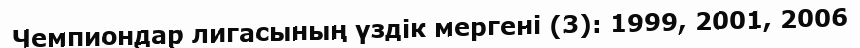
Чемпиондар лигасының үздік мергені (3): 1999, 2001, 2006